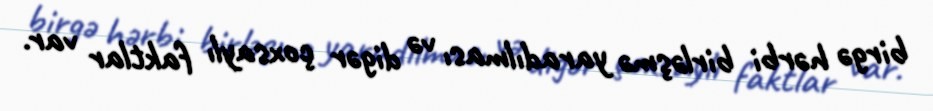
birgə hərbi birləşmə yaradılması və digər çoxsaylı faktlar var.